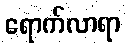
ရောက်လာရာ